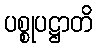
ပစ္စုပဋ္ဌာတိ